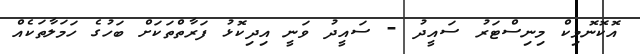
އޮކޮނޮމިކް މިނިސްޓަރު ސައީދު - ސައީދު ވަނީ އިދިކޮޅު ފަރާތްތަކަށް ބަހުގެ ހަމަލާތަކެއް